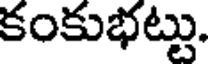
కంకుభట్టు.